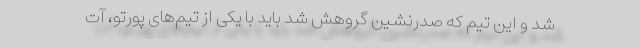
شد و این تیم که صدرنشین گروهش شد باید با یکی از تیم‌های پورتو، آت